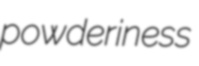
powderiness